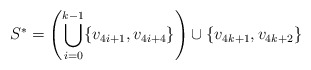
\begin{align*}S^* = \left( \bigcup_{i=0}^{k-1} \{v_{4i+1},v_{4i+4}\} \right) \cup \{v_{4k+1},v_{4k+2}\}\end{align*}